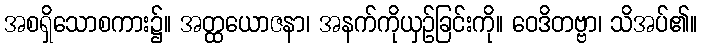
အစရှိသောစကား၌။ အတ္ထယောဇနာ၊ အနက်ကိုယှဥ်ခြင်းကို။ ဝေဒိတဗ္ဗာ၊ သိအပ်၏။